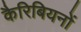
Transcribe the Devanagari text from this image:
कैरिबियनों